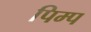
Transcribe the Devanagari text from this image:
पिम्प